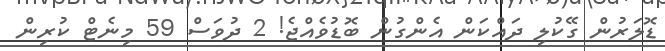
ޑޮލަރުން ގޭކުލި ދައްކަން އެންގުން ބޮޑުވެއްޖެ! 2 ދުވަސް 59 މިނެޓް ކުރިން